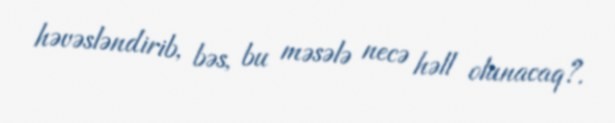
həvəsləndirib, bəs, bu məsələ necə həll olunacaq?.